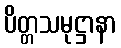
ပိတ္တသမုဋ္ဌာနာ